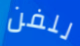
للفن